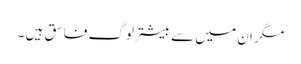
مگر ان میں سے بیشتر لوگ فاسق ہیں ۔